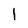
Character: I